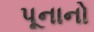
પૂનાનો